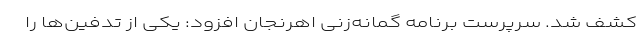
کشف شد. سرپرست برنامه گمانه‌زنی اهرنجان افزود: یکی از تدفین‌ها را